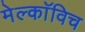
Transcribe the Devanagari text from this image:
मेल्काॅविच